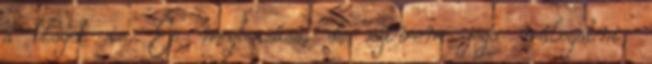
a blogot is. És megbocsáss, de szívem joga válogatni,